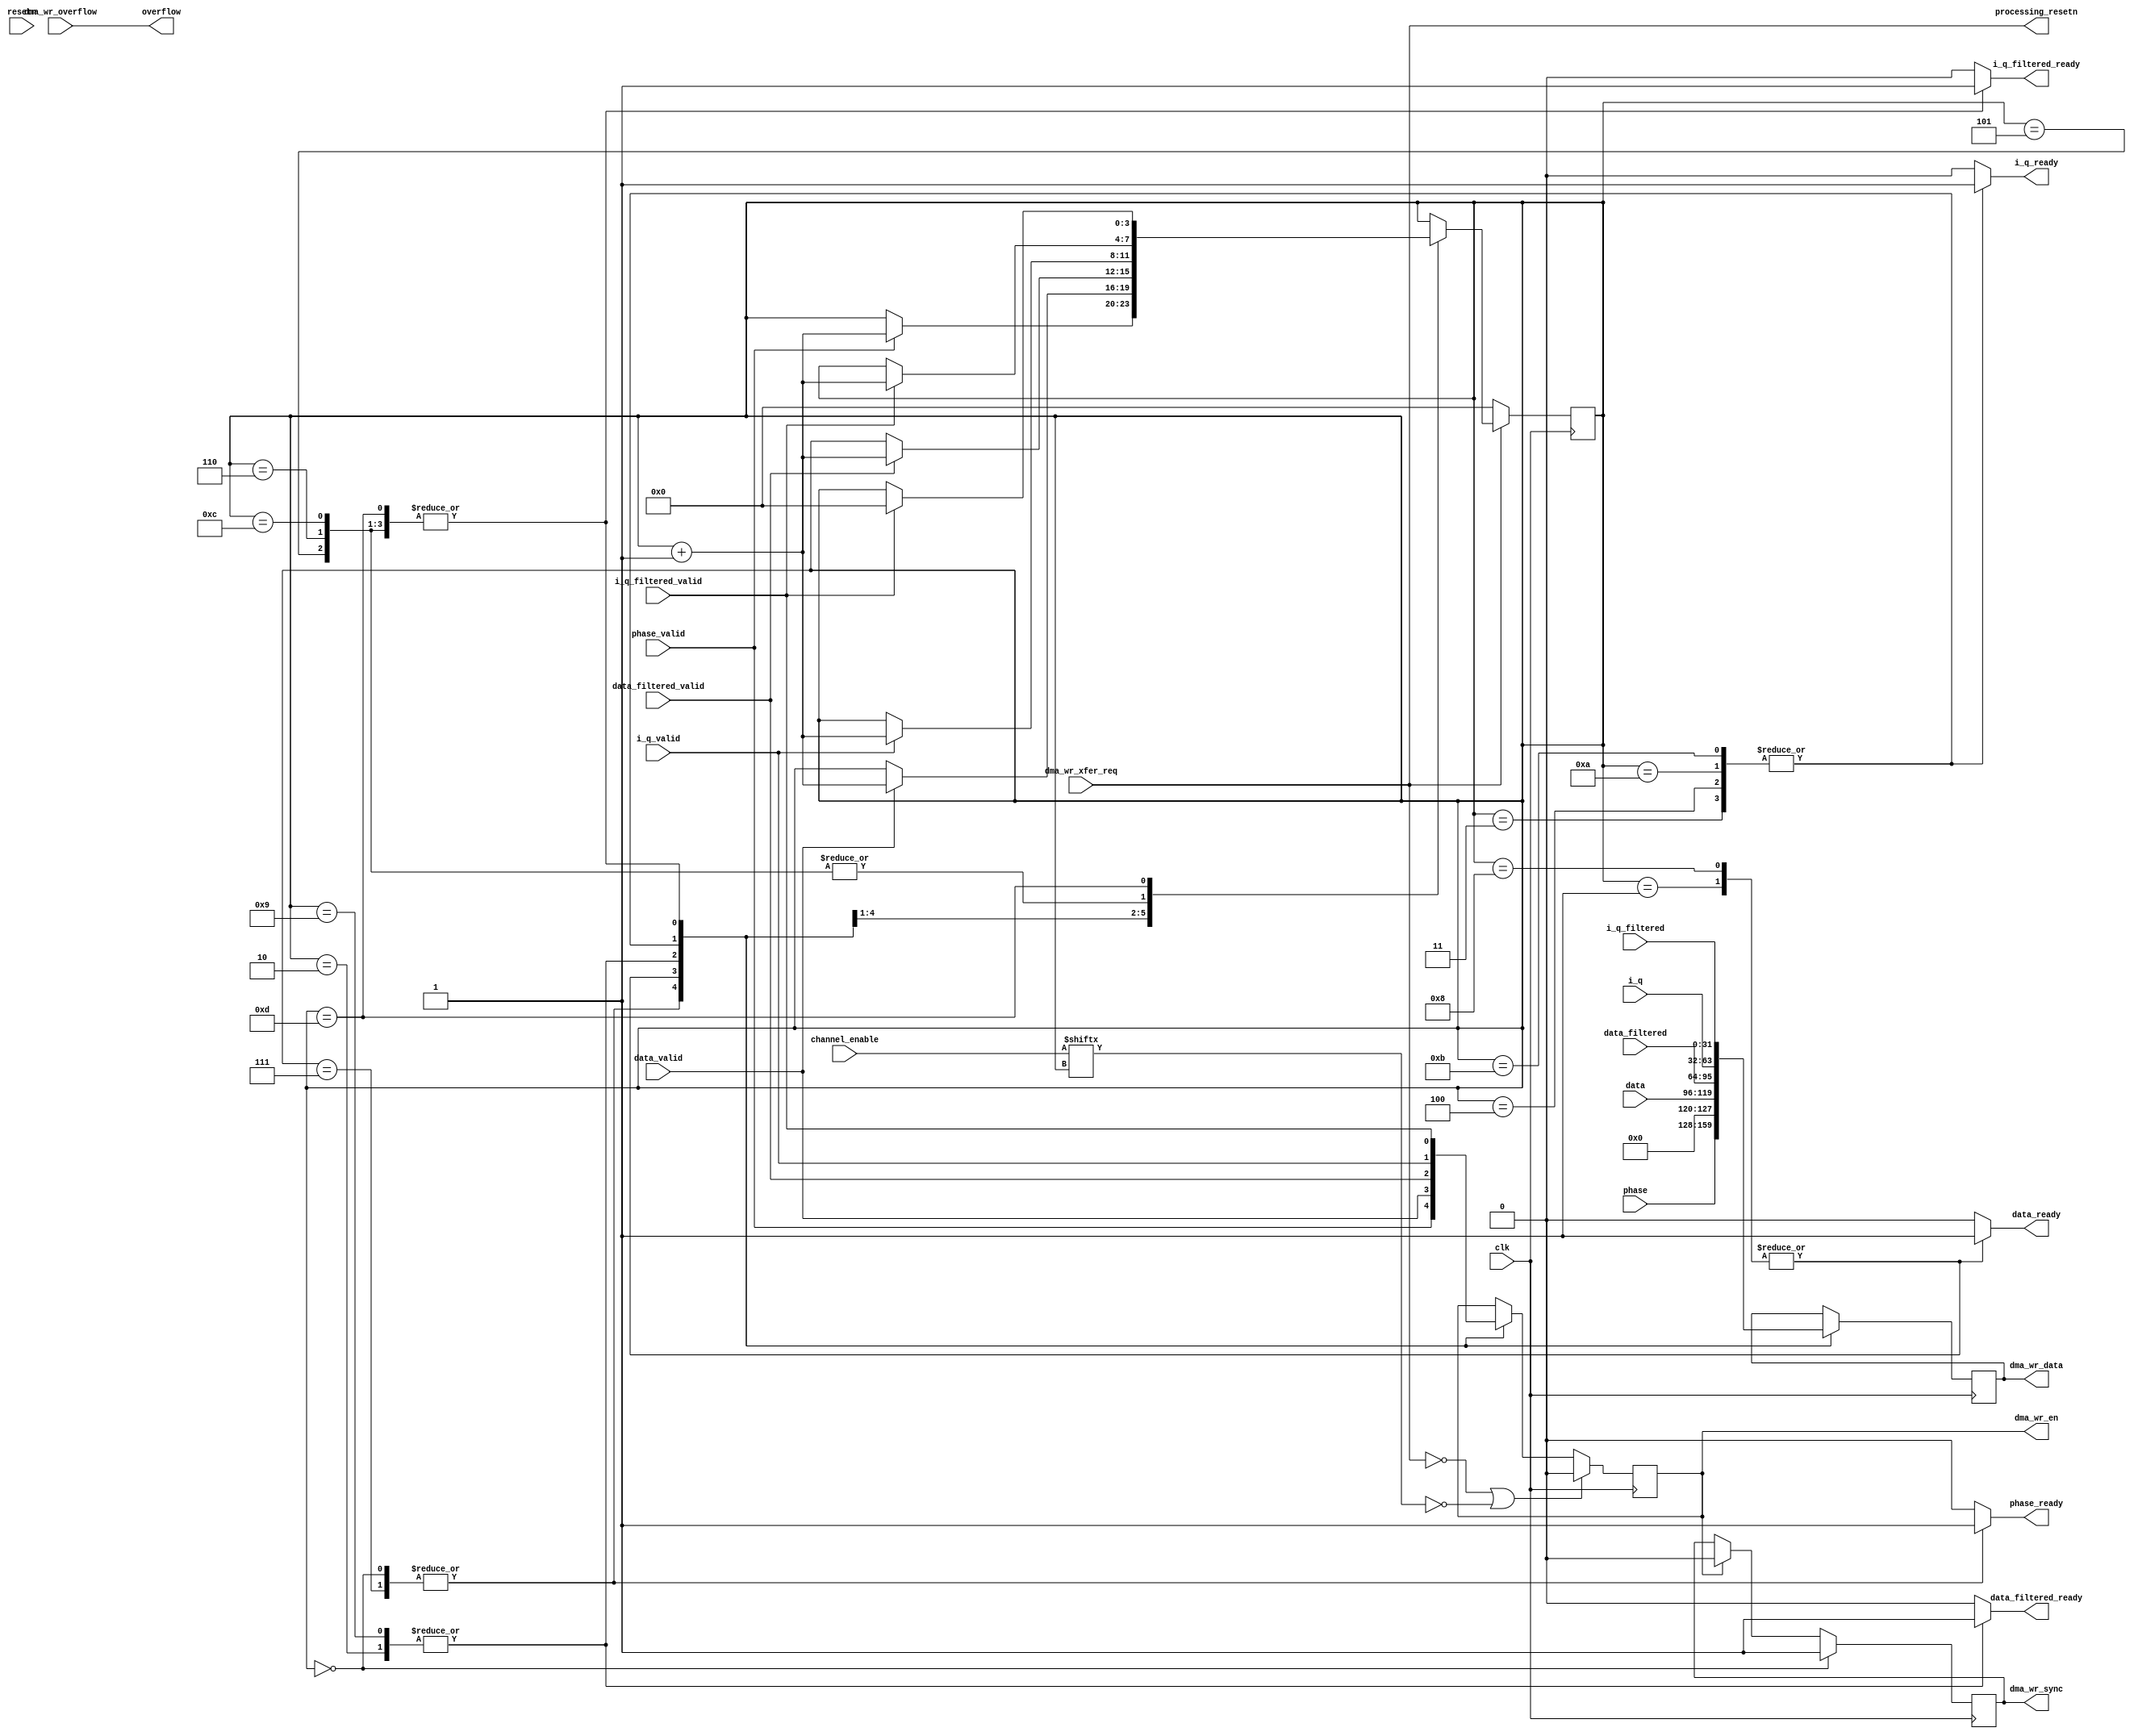
// ***************************************************************************
// ***************************************************************************
// Copyright 2014 - 2017 (c) Analog Devices, Inc. All rights reserved.
//
// In this HDL repository, there are many different and unique modules, consisting
// of various HDL (Verilog or VHDL) components. The individual modules are
// developed independently, and may be accompanied by separate and unique license
// terms.
//
// The user should read each of these license terms, and understand the
// freedoms and responsibilities that he or she has by using this source/core.
//
// This core is distributed in the hope that it will be useful, but WITHOUT ANY
// WARRANTY; without even the implied warranty of MERCHANTABILITY or FITNESS FOR
// A PARTICULAR PURPOSE.
//
// Redistribution and use of source or resulting binaries, with or without modification
// of this file, are permitted under one of the following two license terms:
//
//   1. The GNU General Public License version 2 as published by the
//      Free Software Foundation, which can be found in the top level directory
//      of this repository (LICENSE_GPL2), and also online at:
//      <https://www.gnu.org/licenses/old-licenses/gpl-2.0.html>
//
// OR
//
//   2. An ADI specific BSD license, which can be found in the top level directory
//      of this repository (LICENSE_ADIBSD), and also on-line at:
//      https://github.com/analogdevicesinc/hdl/blob/master/LICENSE_ADIBSD
//      This will allow to generate bit files and not release the source code,
//      as long as it attaches to an ADI device.
//
// ***************************************************************************
// ***************************************************************************

`timescale 1ns/100ps

module cn0363_dma_sequencer (
  input clk,
  input resetn,

  input [31:0] phase,
  input phase_valid,
  output reg phase_ready,

  input [23:0] data,
  input data_valid,
  output reg data_ready,

  input [31:0] data_filtered,
  input data_filtered_valid,
  output reg data_filtered_ready,

  input [31:0] i_q,
  input i_q_valid,
  output reg i_q_ready,

  input [31:0] i_q_filtered,
  input i_q_filtered_valid,
  output reg i_q_filtered_ready,

  output overflow,

  output reg [31:0] dma_wr_data,
  output reg dma_wr_en,
  output reg dma_wr_sync,
  input dma_wr_overflow,
  input dma_wr_xfer_req,

  input [13:0] channel_enable,

  output processing_resetn
);

reg [3:0] count = 'h00;

assign overflow = dma_wr_overflow;
assign processing_resetn = dma_wr_xfer_req;

always @(posedge clk) begin
  if (processing_resetn == 1'b0) begin
    count <= 'h0;
  end else begin
    case (count)
    'h0: if (phase_valid) count <= count + 1;
    'h1: if (data_valid) count <= count + 1;
    'h2: if (data_filtered_valid) count <= count + 1;
    'h3: if (i_q_valid) count <= count + 1;
    'h4: if (i_q_valid) count <= count + 1;
    'h5: if (i_q_filtered_valid) count <= count + 1;
    'h6: if (i_q_filtered_valid) count <= count + 1;
    'h7: if (phase_valid) count <= count + 1;
    'h8: if (data_valid) count <= count + 1;
    'h9: if (data_filtered_valid) count <= count + 1;
    'ha: if (i_q_valid) count <= count + 1;
    'hb: if (i_q_valid) count <= count + 1;
    'hc: if (i_q_filtered_valid) count <= count + 1;
    'hd: if (i_q_filtered_valid) count <= 'h00;
    endcase
  end
end

always @(posedge clk) begin
  case (count)
  'h0: dma_wr_data <= phase;
  'h1: dma_wr_data <= {8'h00,data[23:0]};
  'h2: dma_wr_data <= data_filtered;
  'h3: dma_wr_data <= i_q;
  'h4: dma_wr_data <= i_q;
  'h5: dma_wr_data <= i_q_filtered;
  'h6: dma_wr_data <= i_q_filtered;
  'h7: dma_wr_data <= phase;
  'h8: dma_wr_data <= {8'h00,data[23:0]};
  'h9: dma_wr_data <= data_filtered;
  'ha: dma_wr_data <= i_q;
  'hb: dma_wr_data <= i_q;
  'hc: dma_wr_data <= i_q_filtered;
  'hd: dma_wr_data <= i_q_filtered;
  endcase
end

always @(posedge clk) begin
  if (processing_resetn == 1'b0 || channel_enable[count] == 1'b0) begin
    dma_wr_en <= 1'b0;
  end else begin
    case (count)
    'h0: dma_wr_en <= phase_valid;
    'h1: dma_wr_en <= data_valid;
    'h2: dma_wr_en <= data_filtered_valid;
    'h3: dma_wr_en <= i_q_valid;
    'h4: dma_wr_en <= i_q_valid;
    'h5: dma_wr_en <= i_q_filtered_valid;
    'h6: dma_wr_en <= i_q_filtered_valid;
    'h7: dma_wr_en <= phase_valid;
    'h8: dma_wr_en <= data_valid;
    'h9: dma_wr_en <= data_filtered_valid;
    'ha: dma_wr_en <= i_q_valid;
    'hb: dma_wr_en <= i_q_valid;
    'hc: dma_wr_en <= i_q_filtered_valid;
    'hd: dma_wr_en <= i_q_filtered_valid;
    endcase
  end
end

always @(posedge clk) begin
  if (count == 'h00) begin
    dma_wr_sync <= 1'b1;
  end else if (dma_wr_en == 1'b1) begin
    dma_wr_sync = 1'b0;
  end
end

always @(*) begin
  case (count)
  'h0: phase_ready <= 1'b1;
  'h7: phase_ready <= 1'b1;
  default: phase_ready <= 1'b0;
  endcase
end

always @(*) begin
  case (count)
  'h1: data_ready <= 1'b1;
  'h8: data_ready <= 1'b1;
  default: data_ready <= 1'b0;
  endcase
end

always @(*) begin
  case (count)
  'h2: data_filtered_ready <= 1'b1;
  'h9: data_filtered_ready <= 1'b1;
  default: data_filtered_ready <= 1'b0;
  endcase
end

always @(*) begin
  case (count)
  'h3: i_q_ready <= 1'b1;
  'h4: i_q_ready <= 1'b1;
  'ha: i_q_ready <= 1'b1;
  'hb: i_q_ready <= 1'b1;
  default: i_q_ready <= 1'b0;
  endcase
end

always @(*) begin
  case (count)
  'h5: i_q_filtered_ready <= 1'b1;
  'h6: i_q_filtered_ready <= 1'b1;
  'hc: i_q_filtered_ready <= 1'b1;
  'hd: i_q_filtered_ready <= 1'b1;
  default: i_q_filtered_ready <= 1'b0;
  endcase
end

endmodule